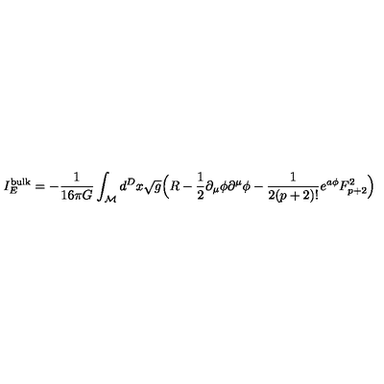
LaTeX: I _ { E } ^ { \mathrm { b u l k } } = - \frac { 1 } { 1 6 \pi G } \int _ { \cal { M } } d ^ { D } x \sqrt { g } \Big ( R - \frac { 1 } { 2 } \partial _ { \mu } \phi \partial ^ { \mu } \phi - \frac { 1 } { 2 ( p + 2 ) ! } e ^ { a \phi } F _ { p + 2 } ^ { 2 } \Big )